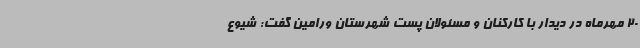
20 مهرماه در دیدار با کارکنان و مسئولان پست شهرستان ورامین گفت: شیوع